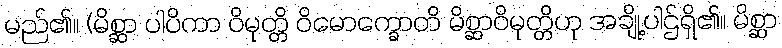
မည်၏။ (မိစ္ဆာ ပါပိကာ ဝိမုတ္တိ ဝိမောက္ခောတိ မိစ္ဆာဝိမုတ္တိဟု အချို့ပါဌ်ရှိ၏။ မိစ္ဆာ